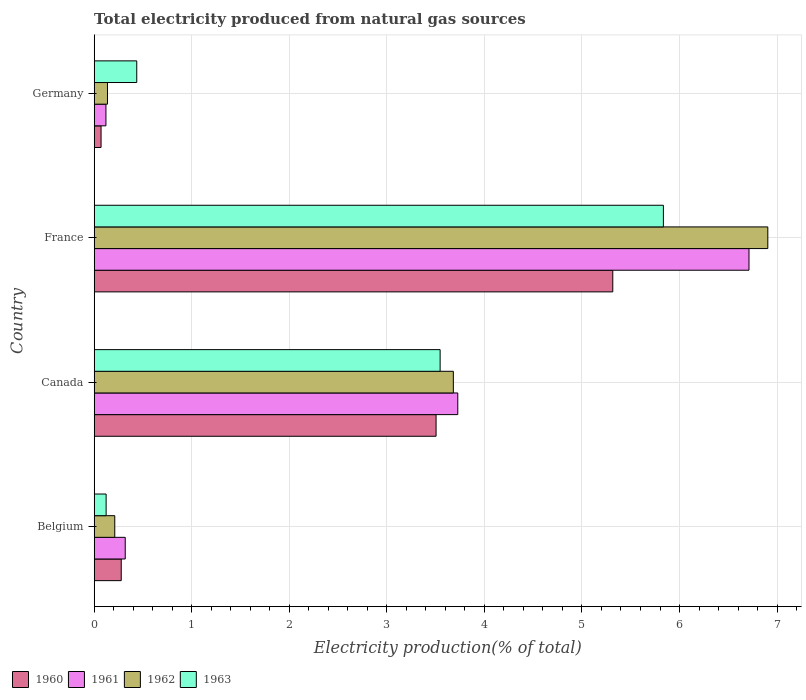
| Country | 1960 | 1961 | 1962 | 1963 |
 | --- | --- | --- | --- | --- |
 | Belgium | 0.277 | 0.318 | 0.211 | 0.122 |
 | Canada | 3.5 | 3.73 | 3.68 | 3.55 |
 | France | 5.32 | 6.71 | 6.91 | 5.83 |
 | Germany | 0.0703 | 0.12 | 0.136 | 0.436 |